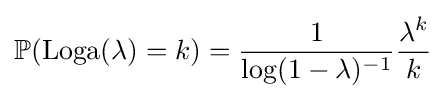
\mathbb {P} (\operatorname {Loga} (\lambda )=k)={\dfrac {1}{\log(1-\lambda )^{-1}}}{\dfrac {\lambda ^{k}}{k}}